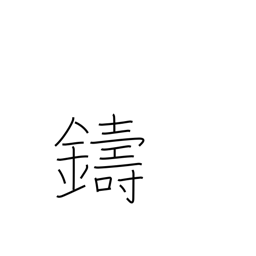
Meaning: cast